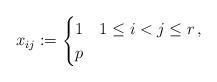
LaTeX: \begin{align*}x_{ij} := \begin{cases}1 & 1\le i<j\le r\, ,\\p & \end{cases}\end{align*}